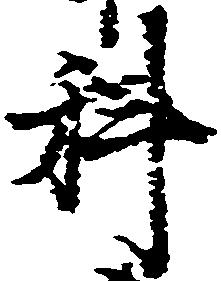
科